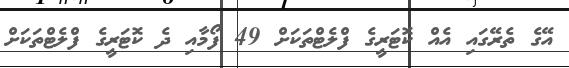
އޭގެ ތެރޭގައި އެއް ކޮޓަރީގެ ފްލެޓްތަކަށް 49 ފޯމާއި ދެ ކޮޓަރީގެ ފްލެޓްތަކަށް